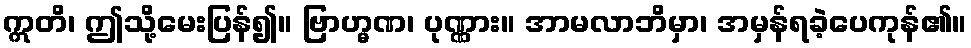
ဣတိ၊ ဤသို့မေးပြန်၍။ ဗြာဟ္မဏ၊ ပုဏ္ဏား။ အာမလာဘိမှာ၊ အမှန်ရခဲ့ပေကုန်၏။